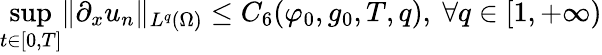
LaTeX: \operatorname*{sup}_{t\in[0,T]}\lVert\partial_{x}u_{n}\rVert_{L^{q}(\Omega)}\leq C_{6}(\varphi_{0},g_{0},T,q),\ \forall q\in[1,+\infty)